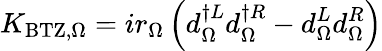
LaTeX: K_{\mathrm{{BTZ},\Omega}}=ir_{\Omega}\left(d_{\Omega}^{\dagger L}d_{\Omega}^{\dagger R}-d_{\Omega}^{L}d_{\Omega}^{R}\right)